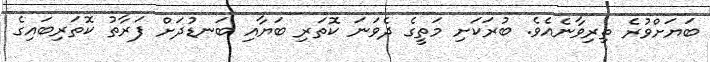
ބަޔަށްވުރެ ތިރިވާނެއެވެ. ބުރަަކަށި މަތީގެ ދެވަނަ ކޮތަރި ބަޔާއި ބަނޑުދަށް ފަރާތު ކޮތަރިބައިގެ